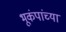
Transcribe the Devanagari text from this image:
भूकंपांच्या